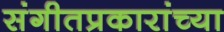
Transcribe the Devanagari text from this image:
संगीतप्रकारांच्या